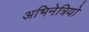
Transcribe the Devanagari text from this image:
अभिनेत्रियो